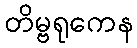
တိမ္ဗရုကေန